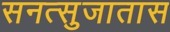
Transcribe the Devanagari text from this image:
सनत्सुजातास